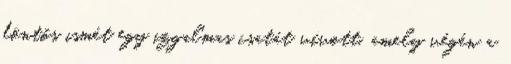
döntős ismét egy izgalmas csatát vívott, amely végén a